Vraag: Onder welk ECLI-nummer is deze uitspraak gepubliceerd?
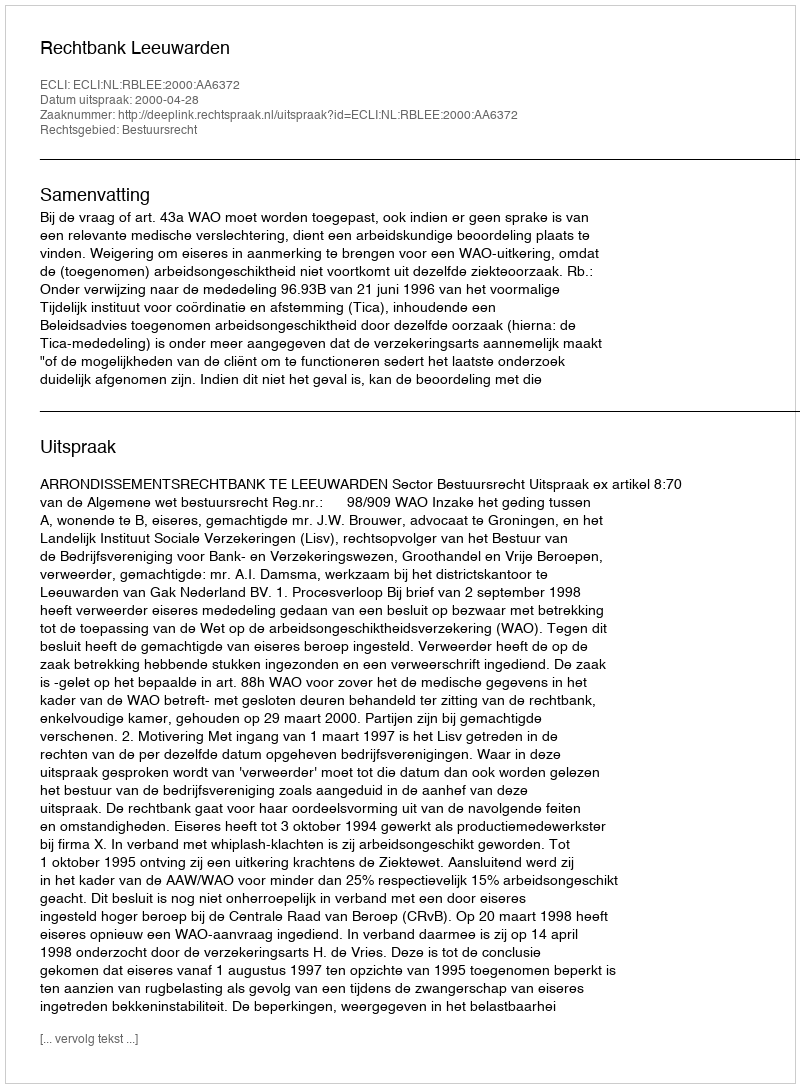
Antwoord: ECLI:NL:RBLEE:2000:AA6372